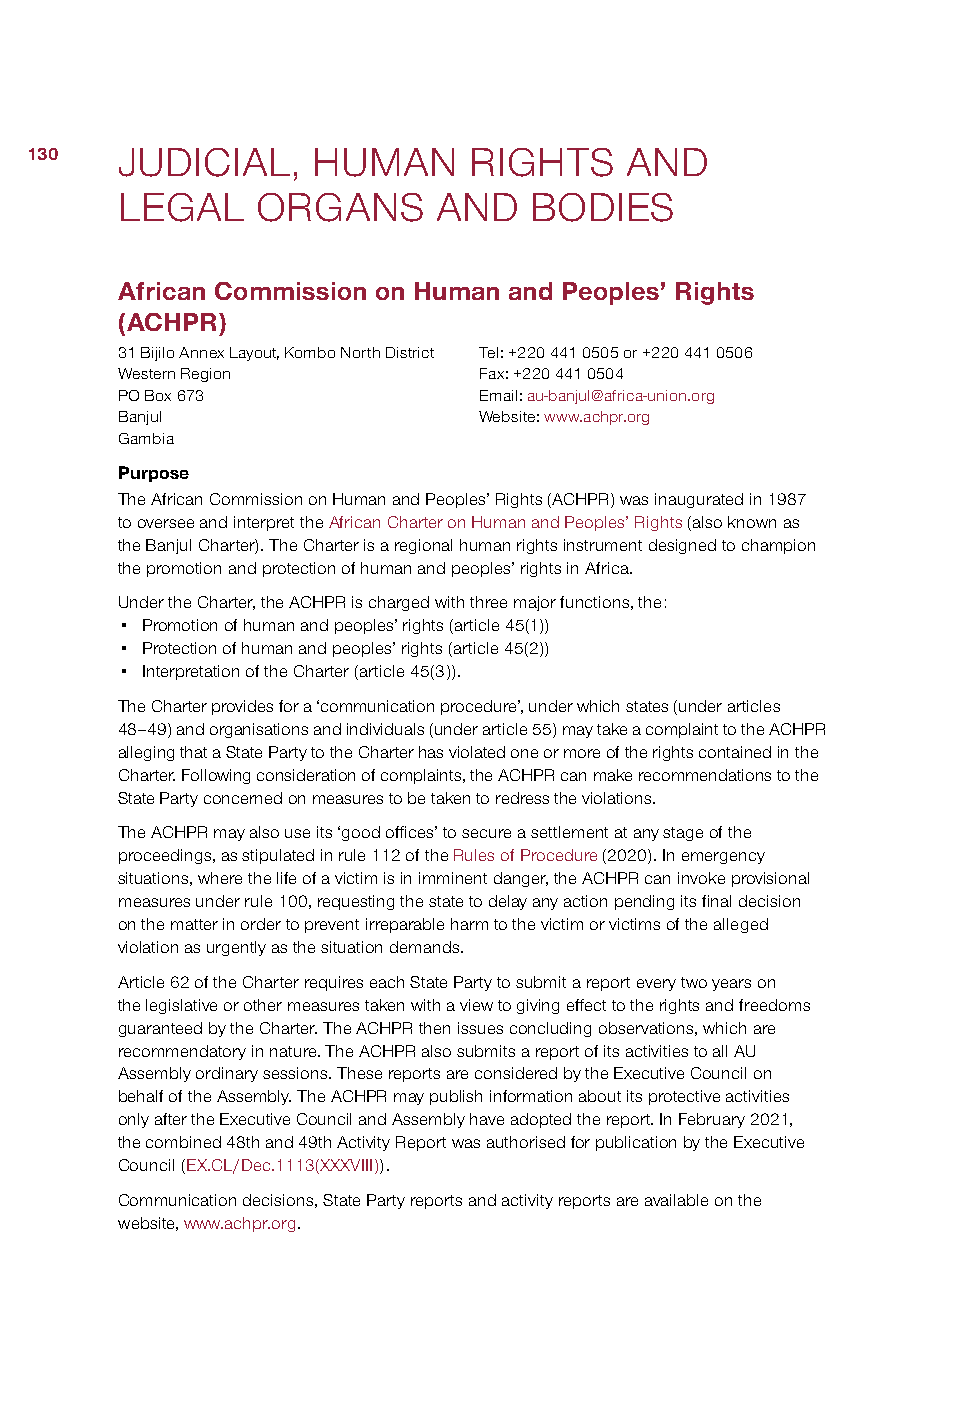
130   JUDICIAL,    HUMAN     RIGHTS    AND
 LEGAL    ORGANS      AND   BODIES
 African Commission on Human and Peoples’ Rights
 (ACHPR)
 31 Bijilo Annex Layout, Kombo North District Tel: +220 441 0505 or +220 441 0506
 Western Region          Fax: +220 441 0504
 PO Box 673              Email: au-banjul@africa-union.org
 Banjul                  Website: www.achpr.org
 Gambia
 Purpose
 The African Commission on Human and Peoples’ Rights (ACHPR) was inaugurated in 1987
 to oversee and interpret the African Charter on Human and Peoples’ Rights (also known as
 the Banjul Charter). The Charter is a regional human rights instrument designed to champion
 the promotion and protection of human and peoples’ rights in Africa.
 Under the Charter, the ACHPR is charged with three major functions, the:
 • Promotion of human and peoples’ rights (article 45(1))
 • Protection of human and peoples’ rights (article 45(2))
 • Interpretation of the Charter (article 45(3)).
 The Charter provides for a ‘communication procedure’, under which states (under articles
 48–49) and organisations and individuals (under article 55) may take a complaint to the ACHPR
 alleging that a State Party to the Charter has violated one or more of the rights contained in the
 Charter. Following consideration of complaints, the ACHPR can make recommendations to the
 State Party concerned on measures to be taken to redress the violations.
 The ACHPR may also use its ‘good offices’ to secure a settlement at any stage of the
 proceedings, as stipulated in rule 112 of the Rules of Procedure (2020). In emergency
 situations, where the life of a victim is in imminent danger, the ACHPR can invoke provisional
 measures under rule 100, requesting the state to delay any action pending its final decision
 on the matter in order to prevent irreparable harm to the victim or victims of the alleged
 violation as urgently as the situation demands.
 Article 62 of the Charter requires each State Party to submit a report every two years on
 the legislative or other measures taken with a view to giving effect to the rights and freedoms
 guaranteed by the Charter. The ACHPR then issues concluding observations, which are
 recommendatory in nature. The ACHPR also submits a report of its activities to all AU
 Assembly ordinary sessions. These reports are considered by the Executive Council on
 behalf of the Assembly. The ACHPR may publish information about its protective activities
 only after the Executive Council and Assembly have adopted the report. In February 2021,
 the combined 48th and 49th Activity Report was authorised for publication by the Executive
 Council (EX.CL/Dec.1113(XXXVIII)).
 Communication decisions, State Party reports and activity reports are available on the
 website, www.achpr.org.